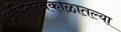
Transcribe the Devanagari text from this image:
अस्तित्वकाळातल्या